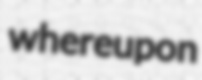
whereupon